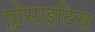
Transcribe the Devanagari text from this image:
ग्लोसाइटिस